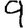
Digit: 9